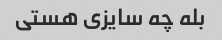
بله چه سایزی هستی